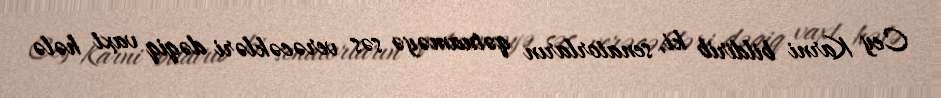
Cey Karni bildirib ki, senatorların qətnaməyə səs verəcəkləri dəqiq vaxt hələ